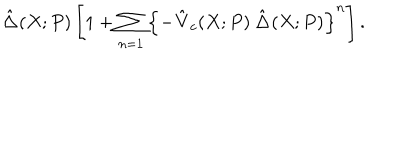
LaTeX: \hat { \bf \Delta } ( X ; P ) \left[ 1 + \sum _ { n = 1 } \left\{ - \hat { \bf V } _ { c } ( X ; P ) \, \hat { \bf \Delta } ( X ; P ) \right\} ^ { n } \right] .